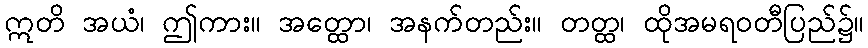
ဣတိ အယံ၊ ဤကား။ အတ္ထော၊ အနက်တည်း။ တတ္ထ၊ ထိုအမရဝတီပြည်၌။